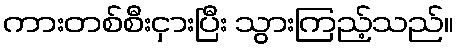
ကားတစ်စီးငှားပြီး သွားကြည့်သည်။